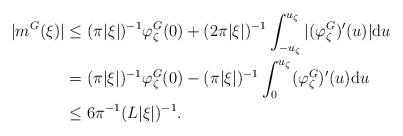
LaTeX: \begin{align*}|m^G(\xi)|&\le(\pi|\xi|)^{-1}\varphi_{\zeta}^G(0)+ (2\pi|\xi|)^{-1} \int_{-u_{\zeta}}^{u_{\zeta}}|(\varphi_{\zeta}^G)'(u)|{\rm d}u\\&=(\pi|\xi|)^{-1}\varphi_{\zeta}^G(0)-(\pi|\xi|)^{-1}\int_{0}^{u_{\zeta}}(\varphi_{\zeta}^G)'(u){\rm d}u\\&\le 6\pi^{-1} (L|\xi|)^{-1}.\end{align*}